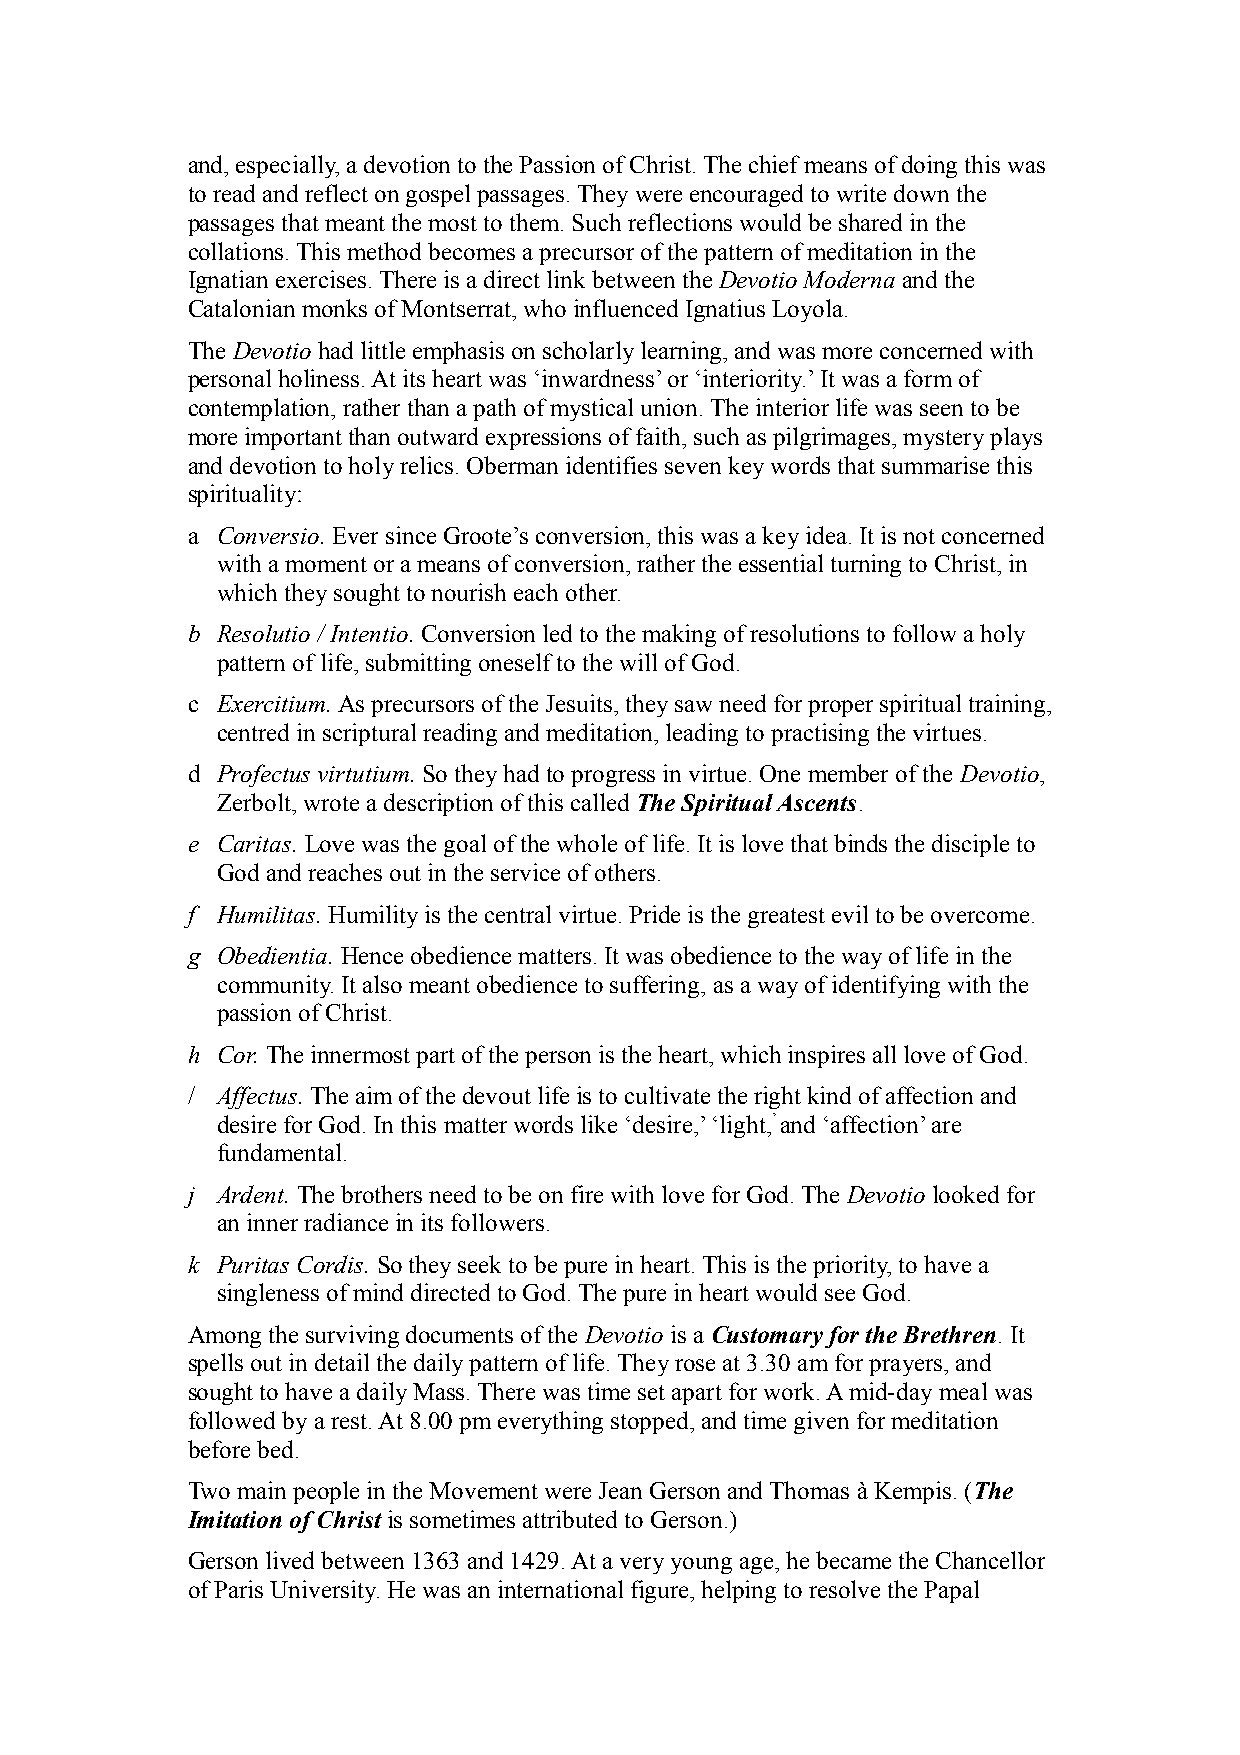
and, especially, a devotion to the Passion of Christ. The chief means of doing this was
 to read and reflect on gospel passages. They were encouraged to write down the
 passages that meant the most to them. Such reflections would be shared in the
 collations. This method becomes a precursor of the pattern of meditation in the
 Ignatian exercises. There is a direct link between the Devotio Moderna and the
 Catalonian monks of Montserrat, who influenced Ignatius Loyola.
 The Devotio had little emphasis on scholarly learning, and was more concerned with
 personal holiness. At its heart was ‘inwardness’ or ‘interiority.’ It was a form of
 contemplation, rather than a path of mystical union. The interior life was seen to be
 more important than outward expressions of faith, such as pilgrimages, mystery plays
 and devotion to holy relics. Oberman identifies seven key words that summarise this
 spirituality:
 a Conversio. Ever since Groote’s conversion, this was a key idea. It is not concerned
 with a moment or a means of conversion, rather the essential turning to Christ, in
 which they sought to nourish each other.
 b Resolutio / Intentio. Conversion led to the making of resolutions to follow a holy
 pattern of life, submitting oneself to the will of God.
 c Exercitium. As precursors of the Jesuits, they saw need for proper spiritual training,
 centred in scriptural reading and meditation, leading to practising the virtues.
 d Profectus virtutium. So they had to progress in virtue. One member of the Devotio,
 Zerbolt, wrote a description of this called The Spiritual Ascents.
 e Caritas. Love was the goal of the whole of life. It is love that binds the disciple to
 God and reaches out in the service of others.
 f Humilitas. Humility is the central virtue. Pride is the greatest evil to be overcome.
 g Obedientia. Hence obedience matters. It was obedience to the way of life in the
 community. It also meant obedience to suffering, as a way of identifying with the
 passion of Christ.
 h Cor. The innermost part of the person is the heart, which inspires all love of God.
 / Affectus. The aim of the devout life is to cultivate the right kind of affection and
 desire for God. In this matter words like ‘desire,’ ‘light,’ and ‘affection’ are
 fundamental.
 j Ardent. The brothers need to be on fire with love for God. The Devotio looked for
 an inner radiance in its followers.
 k Puritas Cordis. So they seek to be pure in heart. This is the priority, to have a
 singleness of mind directed to God. The pure in heart would see God.
 Among the surviving documents of the Devotio is a Customary for the Brethren. It
 spells out in detail the daily pattern of life. They rose at 3.30 am for prayers, and
 sought to have a daily Mass. There was time set apart for work. A mid-day meal was
 followed by a rest. At 8.00 pm everything stopped, and time given for meditation
 before bed.
 Two main people in the Movement were Jean Gerson and Thomas à Kempis. (The
 Imitation of Christ is sometimes attributed to Gerson.)
 Gerson lived between 1363 and 1429. At a very young age, he became the Chancellor
 of Paris University. He was an international figure, helping to resolve the Papal